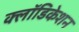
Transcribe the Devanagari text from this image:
क्लॉडिकेशन